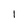
Character: 1